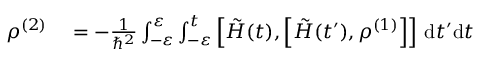
\begin{array} { r l } { \rho ^ { ( 2 ) } } & { { } = - \frac { 1 } { \hbar ^ { 2 } } \int _ { - \varepsilon } ^ { \varepsilon } \int _ { - \varepsilon } ^ { t } \left[ \tilde { H } ( t ) , \left[ \tilde { H } ( t ^ { \prime } ) , \rho ^ { ( 1 ) } \right] \right] \, \mathrm { d } t ^ { \prime } \mathrm { d } t } \end{array}